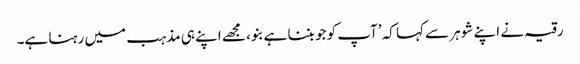
رقیہ نے اپنے شوہر سے کہا کہ ’آپ کو جو بننا ہے بنو، مجھے اپنے ہی مذہب میں رہنا ہے۔